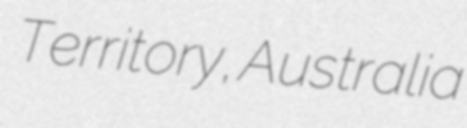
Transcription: Territory, Australia